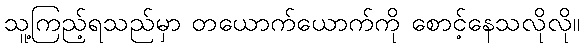
သူ့ကြည့်ရသည်မှာ တယောက်ယောက်ကို စောင့်နေသလိုလို။